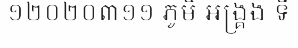
១២០២០៣១១ ភូមិ អង្គ្រង ទី